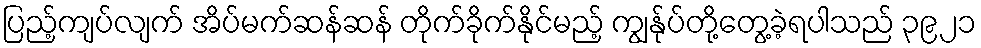
ပြည့်ကျပ်လျက် အိပ်မက်ဆန်ဆန် တိုက်ခိုက်နိုင်မည့် ကျွန်ုပ်တို့တွေ့ခဲ့ရပါသည် ၃၉၂၁